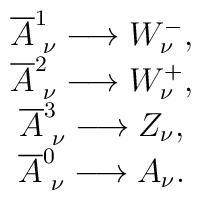
\begin{array}{c}\overline{A}_{\hspace{0.1cm}\nu }^{1}\longrightarrow W_{\nu }^{-}, \\\overline{A}_{\hspace{0.1cm}\nu }^{2}\longrightarrow W_{\nu }^{+}, \\\overline{A}_{\hspace{0.1cm}\nu }^{3}\longrightarrow Z_{\nu }, \\\overline{A}_{\hspace{0.1cm}\nu }^{0}\longrightarrow A_{\nu }.\end{array}